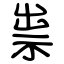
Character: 祟